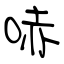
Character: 哧